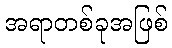
အရာတစ်ခုအဖြစ်